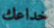
خداعك